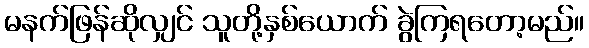
မနက်ဖြန်ဆိုလျှင် သူတို့နှစ်ယောက် ခွဲကြရတော့မည်။